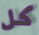
كل